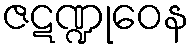
ဇဋဏ္ဍုဝေန